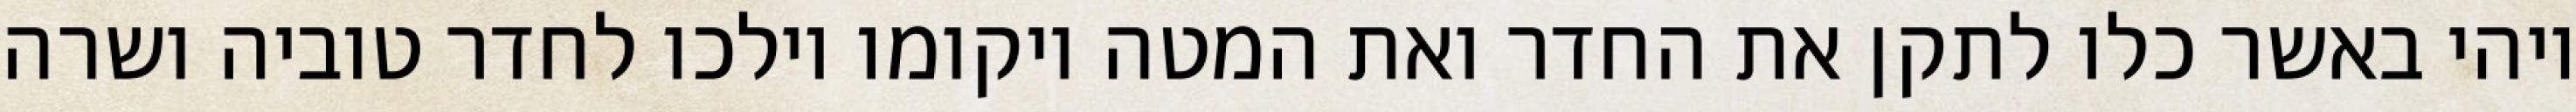
ויהי באשר כלו לתקן את החדר ואת המטה ויקומו וילכו לחדר טוביה ושרה